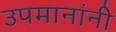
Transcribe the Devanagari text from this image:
उपमानांनी